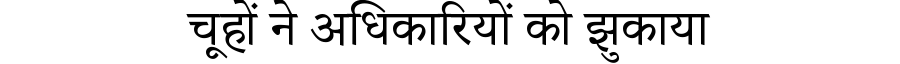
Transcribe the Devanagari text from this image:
चूहों ने अधिकारियों को झुकाया